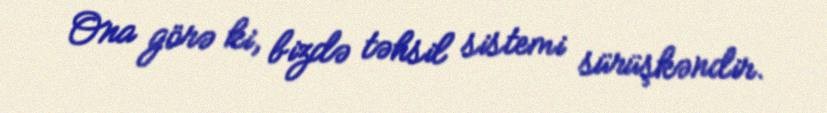
Ona görə ki, bizdə təhsil sistemi sürüşkəndir.